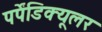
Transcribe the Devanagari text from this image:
पर्पेंडिक्यूलर